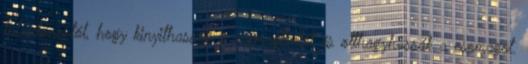
tulajdonostól, hogy kinyithassák a csomagtartót és otthagyhassák a csomagot.